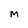
Character: M